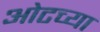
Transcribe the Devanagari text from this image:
ओटच्या